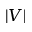
| V |